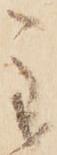
主